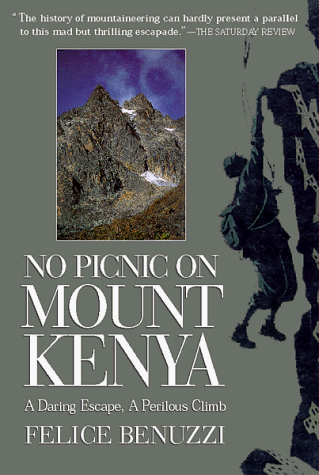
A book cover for No Picnic on Mount Kenya: A Daring Escape, A Perilous Climb; Felice Benuzzi; History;